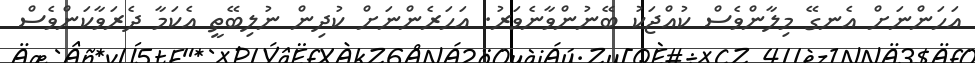
އަހަންނަށް އެނގޭ މިލާންވެސް ކުއްޖަކު ބޭނުންވާނެވަރު. އަހަރެންނަށް ކުދިން ނުލިބޭތީ އެކަމާ ދެރަވާކަންވެސް